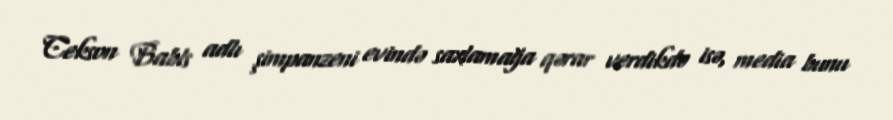
Cekson Babls adlı şimpanzeni evində saxlamağa qərar verdikdə isə, media bunu